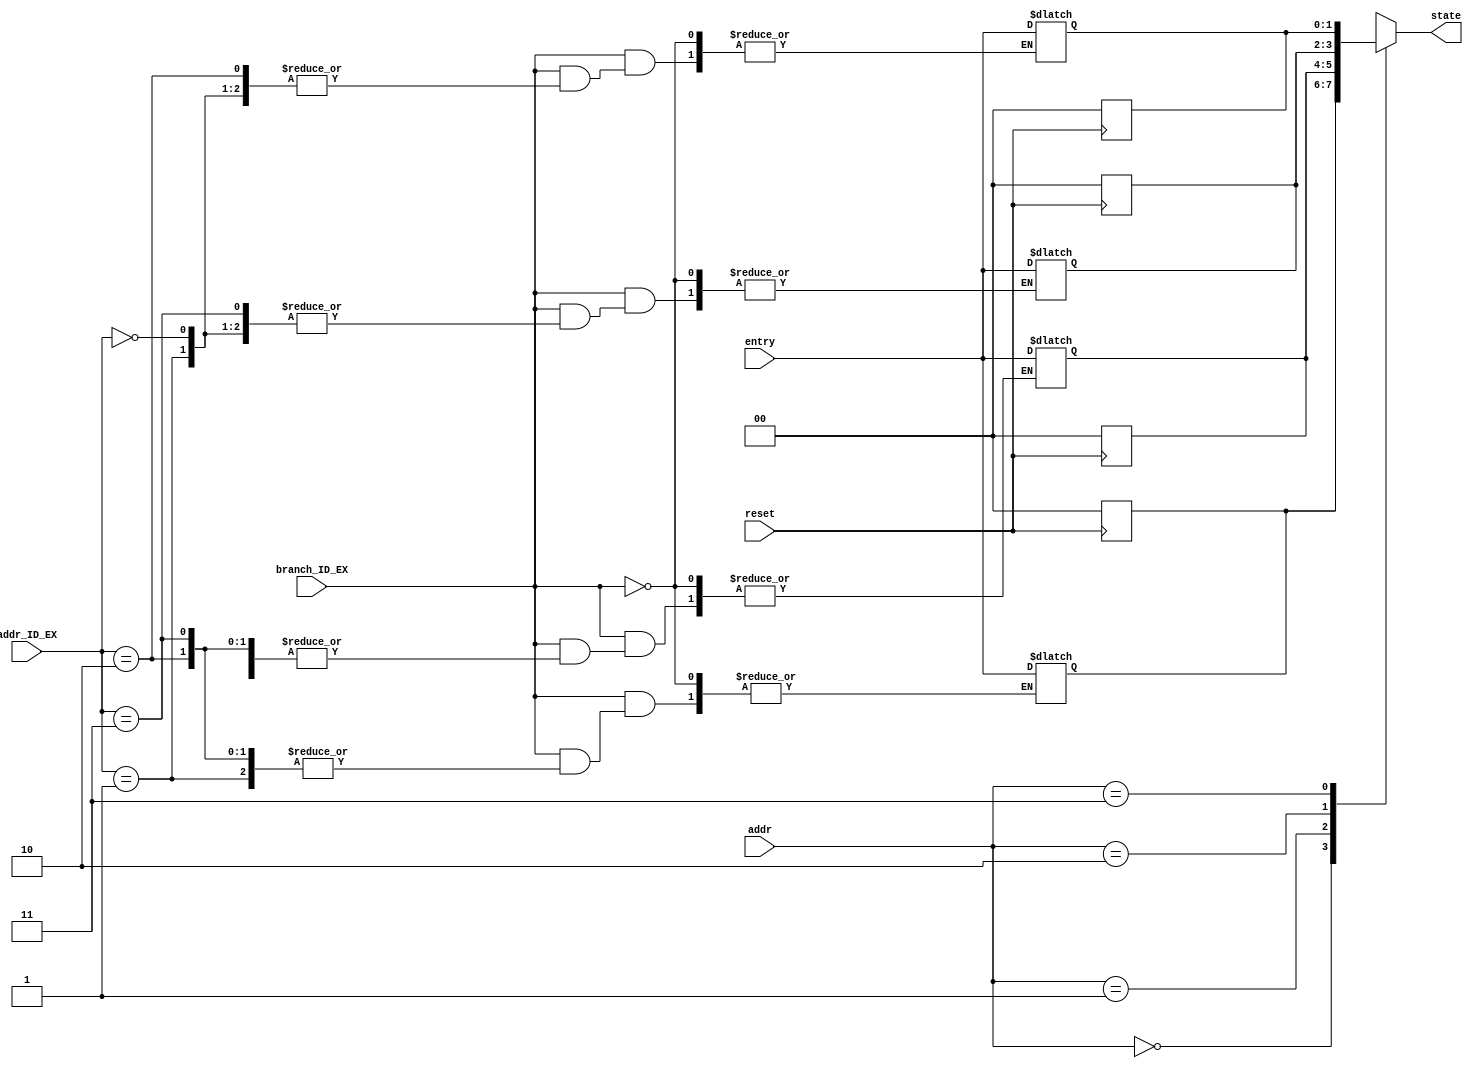
module Branch_table(state,addr,addr_ID_EX,entry,branch_ID_EX,reset);
output [1:0]state;
input [1:0] addr,addr_ID_EX,entry;
input branch_ID_EX,reset;
        
reg [1:0]branchTable[3:0];

assign state = branchTable[addr];

always@(negedge reset)
begin
if(reset==0)
    begin
        branchTable[0] = 2'b00; 
        branchTable[1] = 2'b00; 
        branchTable[2] = 2'b00; 
        branchTable[3] = 2'b00;
    end
end
 
always@(*)
begin
    if(branch_ID_EX==1) branchTable[addr_ID_EX] = entry;
end
endmodule